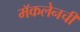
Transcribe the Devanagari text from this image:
मॅकलेनची